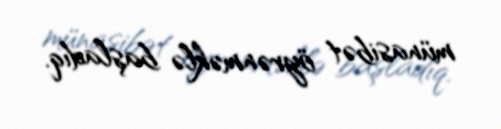
münasibət öyrənməklə başladıq.